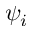
\psi _ { i }